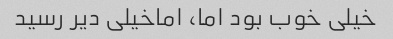
خیلی خوب بود اما، اماخیلی دیر رسید